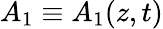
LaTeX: A_{1}\equiv A_{1}(z,t)